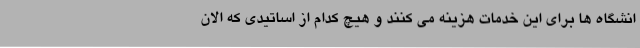
انشگاه ها برای این خدمات هزینه می کنند و هیچ کدام از اساتیدی که الان